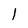
Character: 1